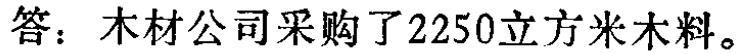
答：木材公司采购了2250立方米木料。